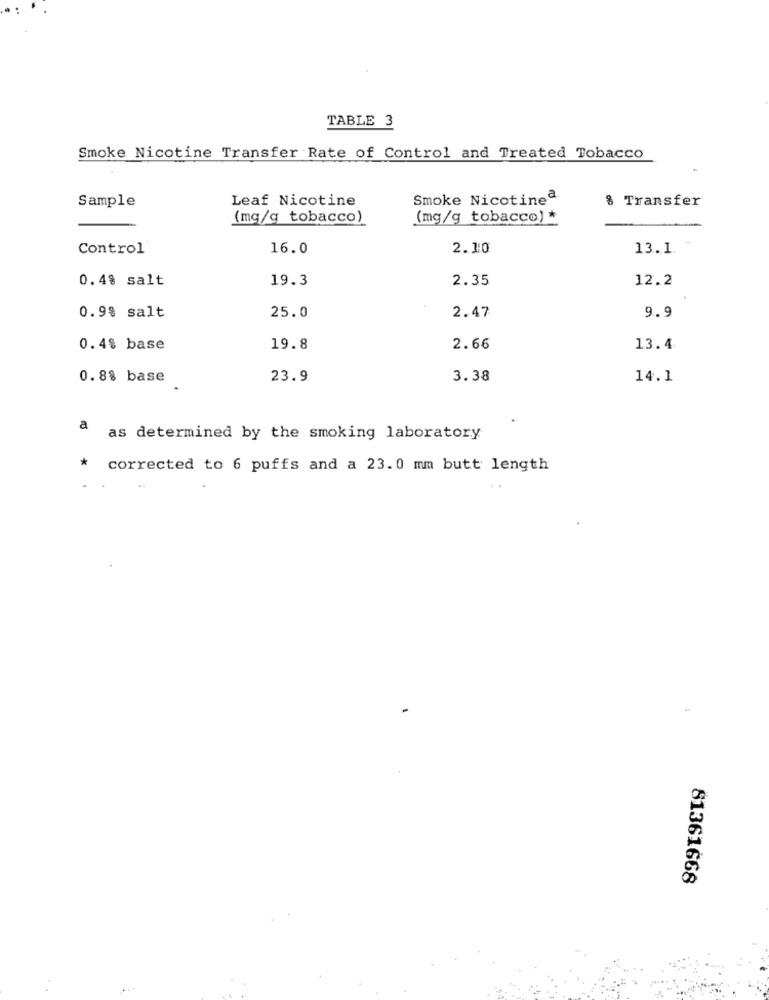
TABLE 3
Smoke Nicotine Transfer Rate of Control and Treated Tobacco
Sample
Leaf Nicotine
Smoke Nicotineª
% Transfer
(mg/g_tobacco)
(mg/g_tobacco) *
Control'
16.0
2.10
13.1. *
0.4% salt
19.3
2.35
12.2
2.47
9.9
0.9% salt
25.0
0.4% base
19.8
2.66
13.4
0.88 base
23.9
3.38
14.1
a
as determined by the smoking laboratory
corrected to 6 puffs and a 23.0 mm butt length
81361668